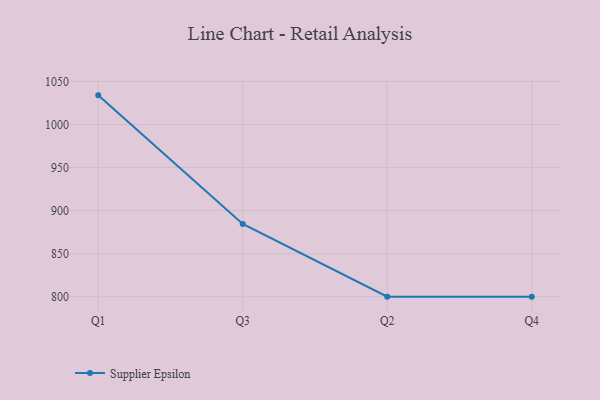
{"axis": {"x": "Quarter", "y": "Net Income (USD K)"}, "legend": ["Supplier Epsilon"], "data": [{"x": "Q1", "y": 1033.8, "type": "Supplier Epsilon"}, {"x": "Q3", "y": 884.4, "type": "Supplier Epsilon"}, {"x": "Q2", "y": 800, "type": "Supplier Epsilon"}, {"x": "Q4", "y": 800, "type": "Supplier Epsilon"}]}